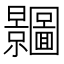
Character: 𭨗